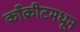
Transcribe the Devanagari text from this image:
काँक्रीटमधून